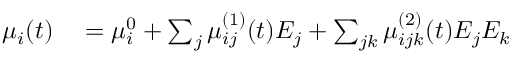
\begin{array} { r l } { \mu _ { i } ( t ) } & { { } = \mu _ { i } ^ { 0 } + \sum _ { j } \mu _ { i j } ^ { ( 1 ) } ( t ) E _ { j } + \sum _ { j k } \mu _ { i j k } ^ { ( 2 ) } ( t ) E _ { j } E _ { k } } \end{array}